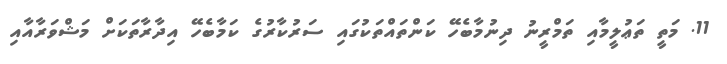
11. މަތީ ތަޢުލީމާއި ތަމްރީނު ދިނުމާބެހޭ ކަންތައްތަކުގައި ސަރުކާރުގެ ކަމާބެހޭ އިދާރާތަކަށް މަޝްވަރާއާއި